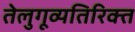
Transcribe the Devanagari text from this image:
तेलुगूव्यतिरिक्त